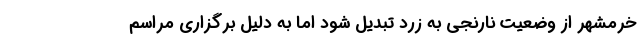
خرمشهر از وضعیت نارنجی به زرد تبدیل شود اما به دلیل برگزاری مراسم